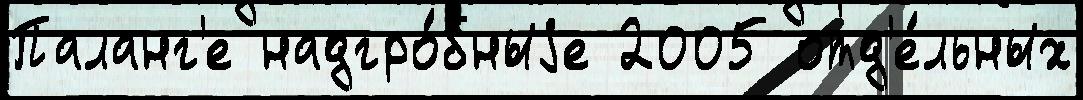
Паланг'е надгро́бныjе 2005 отд'е́льных